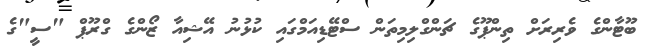
ބޫޓާންގެ ވެރިރަށް ތިންޕޫގެ ޗަންގްލިމިތަން ސްޓޭޑިއަމްގައި ކުޅުނު އޭޝިއާ ޒޯންގެ ގްރޫޕް "ސީ"ގެ